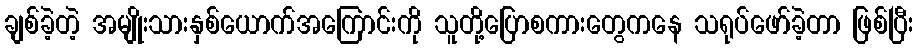
ချစ်ခဲ့တဲ့ အမျိုးသားနှစ်ယောက်အကြောင်းကို သူတို့ပြောစကားတွေကနေ သရုပ်ဖော်ခဲ့တာ ဖြစ်ပြီး